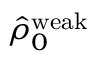
\hat { \rho } _ { 0 } ^ { \mathrm { w e a k } }